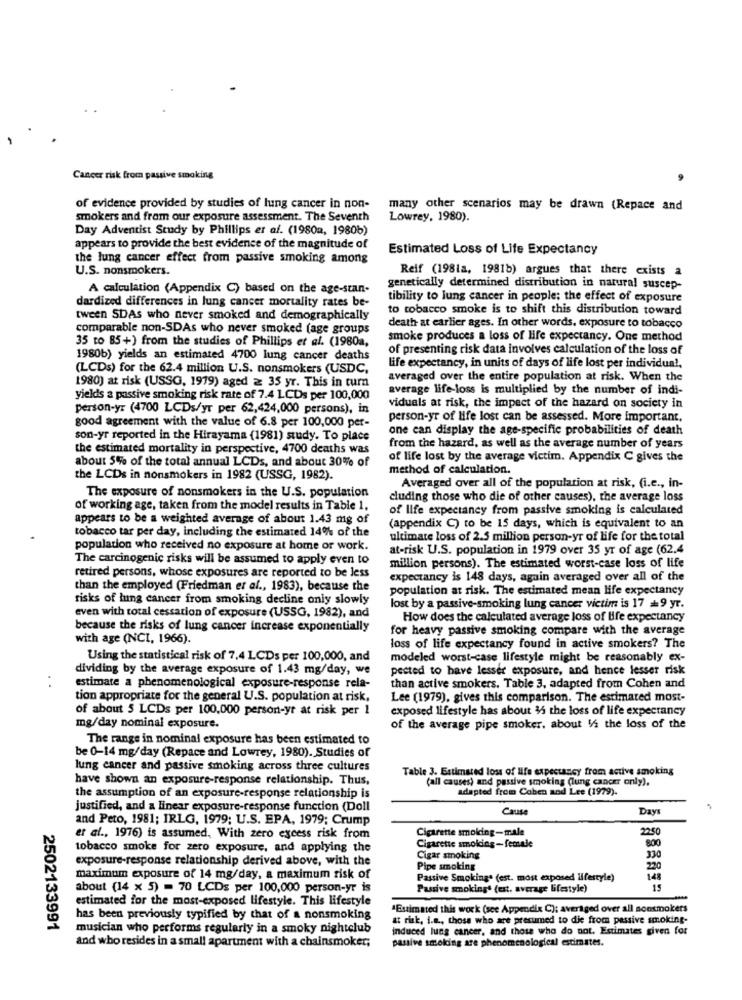
Cancer risk from passive smoking
of evidence provided by studies of lung cancer in non-
many other scenarios may be drawn (Repace and
smokers and from our exposure assessment. The Seventh
Lowrey, 1980).
Day Adventist Study by Phillips er af. (1980a, 1980b)
appears to provide the best evidence of the magnitude of
Estimated Loss of Life Expectancy
the lung cancer effect from passive smoking among
U.S. nonsmokers.
Reif (198la, 1981b) argues that there exists a
A calculation (Appendix C) based on the age-stan-
genetically determined distribution in natural suscep-
tibility to lung cancer in people: the effect of exposure
dardized differences in lung cancer mortality rates be-
to tobacco smoke is to shift this distribution toward
tween SDAs who never smoked and demographically
comparable non-SDAs who never smoked (age groups
death at earlier ages. In other words. exposure to tobacco
35 to 85+) from the studies of Phillips et al. (1980a,
smoke produces a loss of life expectancy. One method
of presenting risk data involves calculation of the loss of
1980b) yields an estimated 4700 lung cancer deaths
(LCDs) for the 62.4 million U.S. nonsmokers (USDC,
life expectancy, in units of days of life lost per individua !,
averaged over the entire population at risk. When the
1980) at risk (USSG, 1919) aged ≥ 35 yr. This in turn
average life-loss is multiplied by the number of indi-
yields a passive smoking risk rate of 7.4 LCDs per 100,000
person-yr (4700 LCDs/yr per 62,424,000 persons), in
viduals at risk, the impact of the hazard on society in
good agreement with the value of 6.8 per 100,000 per-
person-yr of life lost can be assessed. More important.
one can display the age-specific probabilities of death
son-yr reported in the Hirayama (1981) study. To place
the estimated mortality in perspective, 4700 deaths was
from the hazard, as well as the average number of years
about 5% of the total annual LCDs, and about 30% of
of life lost by the average victim. Appendix C gives the
method of calculation.
the LCDs in nonsmokers in 1982 (USSG, 1982).
Averaged over all of the population at risk, (i.e ., in-
The exposure of nonsmokers in the U.S. population
cluding those who die of other causes), the average loss
of working age, taken from the model results in Table 1,
of life expectancy from passive smoking is calculated
appears to be a weighted average of about 1.43 mg of
tobacco tar per day, including the estimated 14% of the
(appendix C) to be 15 days, which is equivalent to an
ultimate loss of 2.5 million person-yr of life for the total
population who received no exposure at home or work.
at-risk U.S. population in 1979 over 35 yr of age (62.4
The carcinogenic risks will be assumed to apply even to
retired persons, whose exposures are reported to be less
million persons). The estimated worst-case loss of life
expectancy is 148 days, again averaged over all of the
than the employed (Friedman et al ., 1983), because the
population at risk. The estimated mean life expectancy
risks of lung cancer from smoking decline only slowly
lost by a passive-smoking lung cancer victim is 17 9 yr.
even with total cessation of exposure (USSG, 1982), and
How does the calculated average loss of life expectancy
because the risks of lung cancer increase exponentially
for heavy passive smoking compare with the average
with age (NCI, 1966).
loss of life expectancy found in active smokers? The
Using the statistical risk of 7,4 LCDs per 100,000, and
modeled worst-case lifestyle might be reasonably ex-
dividing by the average exposure of 1.43 mg/day, we
pected to have lesser exposure, and hence lesser risk
estimate a phenomenological exposure-response rela-
than active smokers. Table 3, adapted from Cohen and
tion appropriate for the general U.S. population at risk,
Lee (1979), gives this comparison. The estimated most-
of about 5 LCDs per 100.000 person-yr at risk per 1
exposed lifestyle has about 35 the loss of life expectancy
mg/day nominal exposure.
of the average pipe smoker, about 5/5 the loss of the
The range in nominal exposure has been estimated to
be 0-14 mg/day (Repace and Lowrey, 1980). Studies of
lung cancer and passive smoking across three cultures
Table 3. Estimated loss of life expectancy from active smoking
have shown an exposure-response relationship. Thus,
(all causes) and passive smoking (lung cancer only),
adapted from Coben and Lee (1979).
the assumption of an exposure-response relationship is
justified, and a linear exposure-response function (Doll
Cause
Day
and Peto, 1981; IRLG, 1979; U.S. EPA, 1979; Crump
Cigarette smoking-male
2250
er al ., 1976) is assumed, With zero excess risk from
Cigarette smoking-female
800
tobacco smoke for zero exposure, and applying the
exposure-response relationship derived above, with the
Cigar smoking
330
Pipe smoking
220
maximum exposure of 14 mg/day, a maximum risk of
Passive Smoking. (est. most exposed lifestyle)
148
about (14 x 5) = 70 LCDs per 100,000 person-yr is
Passive smokingª (est. average lifestyle)
15
estimated for the most-exposed lifestyle. This lifestyle
'Estimated this work (see Appendix C); averaged over all sontmokers
has been previously typified by that of a nonsmoking
at risk, i.m ., those who are presumed to die from passive smoking-
2502133991
musician who performs regularly in a smoky nightclub
induced lung cancer, and those who do not. Estimates given for
and who resides in a small apartment with a chainsmoker;
passive smoking are phenomenological estimates.